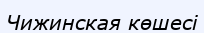
Чижинская көшесі